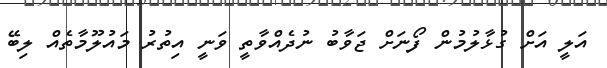
އަލީ އަށް ގުޅާލުމުން ފޯނަށް ޖަވާބު ނުދެއްވާތީ ވަނީ އިތުރު މައުލޫމާތެއް ލިބޭ